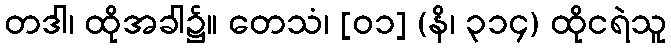
တဒါ၊ ထိုအခါ၌။ တေသံ၊ [၀၁] (နိ၊ ၃၁၄) ထိုငရဲသူ